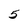
Character: 5